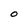
Character: O